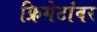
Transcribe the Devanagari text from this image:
फ्रिगेटांवर